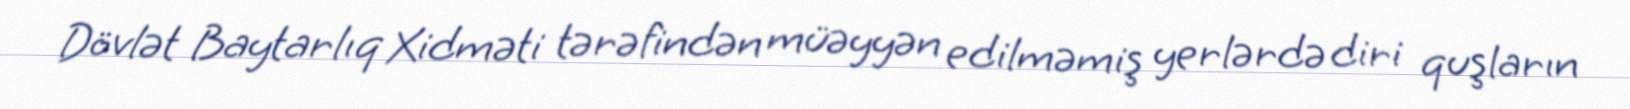
Dövlət Baytarlıq Xidməti tərəfindən müəyyən edilməmiş yerlərdə diri quşların